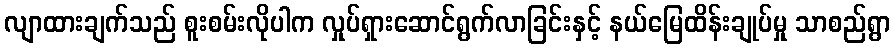
လျာထားချက်သည် စူးစမ်းလိုပါက လှုပ်ရှားဆောင်ရွက်လာခြင်းနှင့် နယ်မြေထိန်းချုပ်မှု သာစည်ရွာ